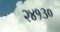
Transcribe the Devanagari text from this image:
२४१३०